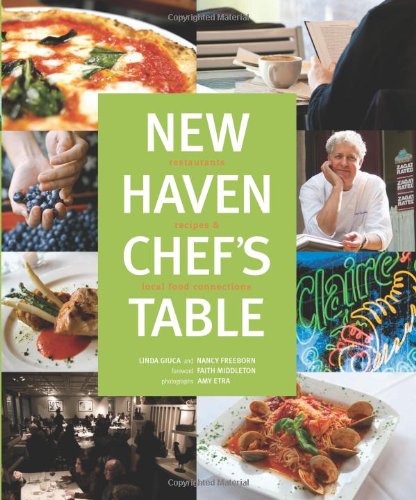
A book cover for New Haven Chef's Table: Restaurants, Recipes, And Local Food Connections; Connecticut Mental Health Center Foundation; Travel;